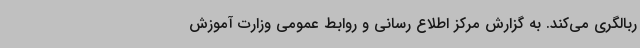
ربالگری می‌کند. به گزارش مرکز اطلاع رسانی و روابط عمومی وزارت آموزش